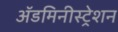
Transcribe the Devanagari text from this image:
ॲडमिनीस्ट्रेशन